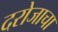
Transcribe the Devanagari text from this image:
दरोजाचा